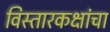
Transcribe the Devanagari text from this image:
विस्तारकक्षांचा